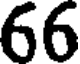
66